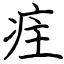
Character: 疰